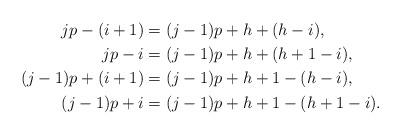
LaTeX: \begin{align*}jp-(i+1) &= (j-1)p+h+(h-i),\\jp-i &= (j-1)p+h+(h+1-i),\\(j-1)p+(i+1) &= (j-1)p+h+1-(h-i),\\(j-1)p+i &= (j-1)p+h+1-(h+1-i).\end{align*}